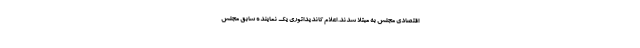
اقتصادی مجلس به مبتلا شدند. اعلام کاندیداتوری یک نماینده سابق مجلس